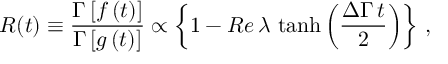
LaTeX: R ( t ) \equiv { \frac { \Gamma \left[ f \left( t \right) \right] } { \Gamma \left[ g \left( t \right) \right] } } \propto \left\{ 1 - R e \, \lambda \, \operatorname { t a n h } \left( \frac { \Delta \Gamma \, t } { 2 } \right) \right\} \, ,